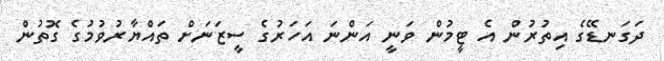
ދަގަނޑޭގެ އިތުރުން އެ ޓީމުން ވަނީ އަންނަ އަހަރުގެ ސީޒަނަށް ތައްޔާރުވުމުގެ ގޮތުން